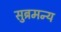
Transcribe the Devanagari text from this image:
सुब्रमन्य